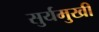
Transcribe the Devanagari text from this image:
सुर्यमुखी